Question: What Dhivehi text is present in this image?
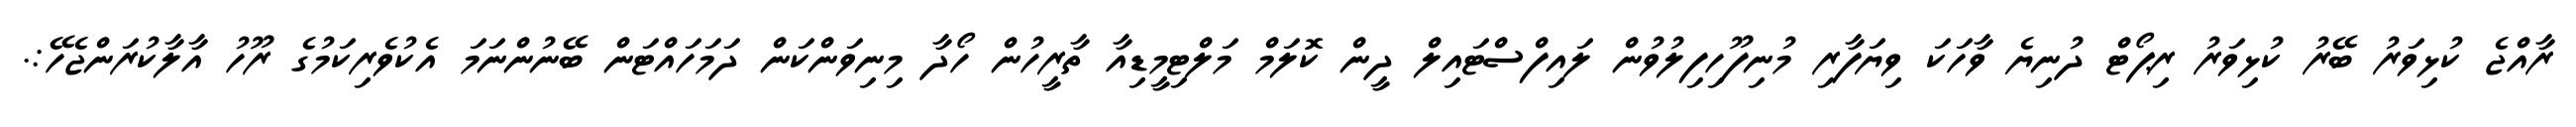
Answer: ރާއްޖެ ކުޅިވަރު ބޭރު ކުޅިވަރު ރިޕޯޓް ދުނިޔެ ވާހަކަ ވިޔަފާރި މުނިފޫހިފިލުވުން ލައިފްސްޓައިލް ދީން ކޮލަމް މަލްޓިމީޑިއާ ތާރީހުން ހޯދާ މިނިވަންކަން ދަމަހައްޓަން ބޭނުންނަމަ އެކުވެރިކަމުގެ ރޫހު އާލާކުރަންޖެހޭ:.